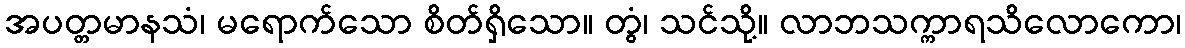
အပတ္တမာနသံ၊ မရောက်သော စိတ်ရှိသော။ တွံ၊ သင်သို့။ လာဘသက္ကာရသိလောကော၊